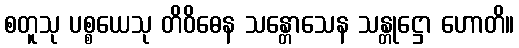
စတူသု ပစ္စယေသု တိဝိဓေန သန္တောသေန သန္တုဋ္ဌော ဟောတိ။